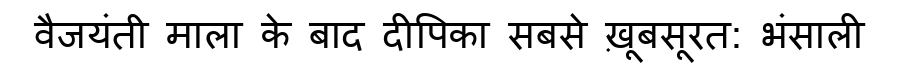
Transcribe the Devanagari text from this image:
वैजयंती माला के बाद दीपिका सबसे ख़ूबसूरत: भंसाली